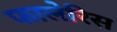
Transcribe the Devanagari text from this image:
फालेरिस